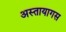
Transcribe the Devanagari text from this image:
अस्तायागस